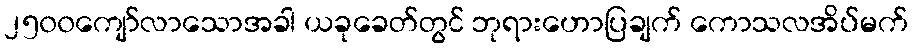
၂၅၀၀ကျော်လာသောအခါ ယခုခေတ်တွင် ဘုရားဟောပြချက် ကောသလအိပ်မက်